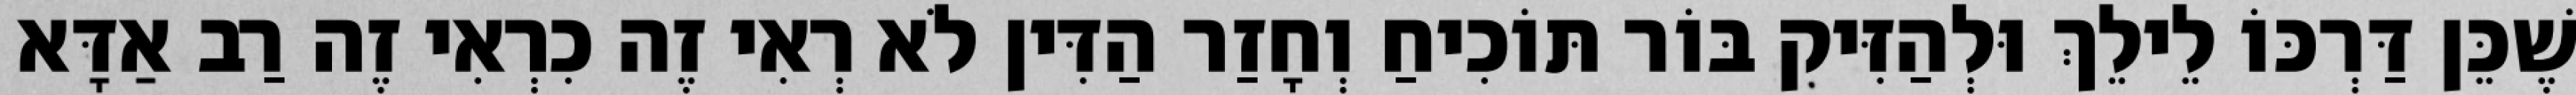
שֶׁכֵּן דַּרְכּוֹ לֵילֵךְ וּלְהַזִּיק בּוֹר תּוֹכִיחַ וְחָזַר הַדִּין לֹא רְאִי זֶה כִרְאִי זֶה רַב אַדָּא